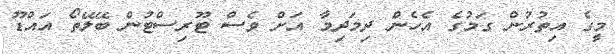
މީގެ އިތުރުން ގަމުގެ އެހެން ދިމަދިމާ އަށް ވެސް ޓޫރިސްޓުން ބޭލޭތޯ އައްޑޫ